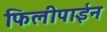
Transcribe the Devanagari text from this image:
फिलीपाईन